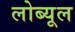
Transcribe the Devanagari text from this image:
लोब्यूल